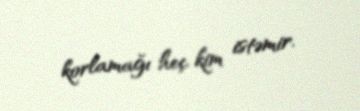
korlamağı heç kim istəmir.